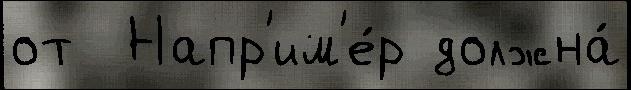
от  Напр'им'е́р должна́